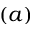
( a )